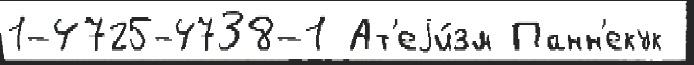
1-4725-4738-1 Ат'еjи́зм Панн'екук